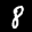
Label: 8